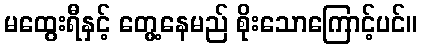
မထွေးရီနှင့် တွေ့နေမည် စိုးသောကြောင့်ပင်။